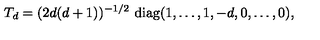
T _ { d } = ( 2 d ( d + 1 ) ) ^ { - 1 / 2 } \ \mathrm { d i a g } ( 1 , \ldots , 1 , - d , 0 , \ldots , 0 ) ,